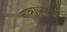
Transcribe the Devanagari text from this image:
सान्नाज्जारो